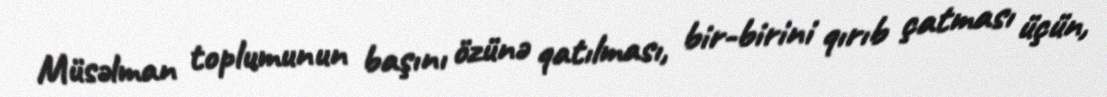
Müsəlman toplumunun başını özünə qatılması, bir-birini qırıb çatması üçün,